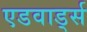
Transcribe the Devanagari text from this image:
एडवार्ड्स